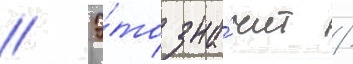
// Э́то зна́чит /